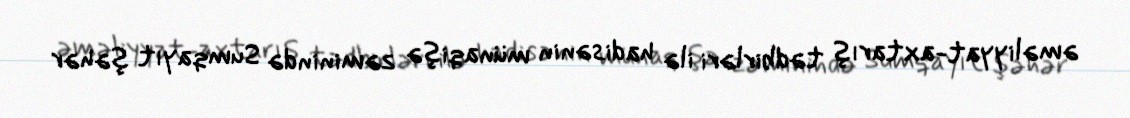
əməliyyat-axtarış tədbirləri ilə hadisənin münaqişə zəminində Sumqayıt şəhər